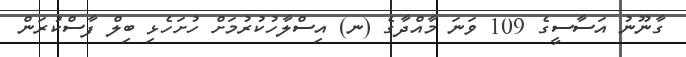
ގާނޫނު އަސާސީގެ 109 ވަނަ މާއްދާގެ (ނ) އިސްލާހުކުުރުމަށް ހުށަހެޅި ބިލް ފާސްކުރަން